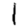
Digit: 1